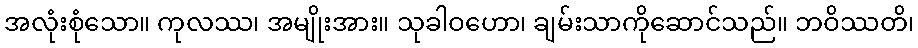
အလုံးစုံသော။ ကုလဿ၊ အမျိုးအား။ သုခါဝဟော၊ ချမ်းသာကိုဆောင်သည်။ ဘဝိဿတိ၊